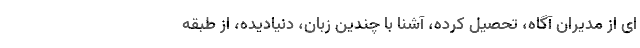
­ای از مدیران آگاه، تحصیل کرده، آشنا با چندین زبان، دنیادیده، از طبقه